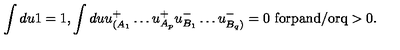
\int d u 1 = 1 , \int d u u _ { ( A _ { 1 } } ^ { + } \ldots u _ { A _ { p } } ^ { + } u _ { B _ { 1 } } ^ { - } \ldots u _ { B _ { q } ) } ^ { - } = 0 \ \mathrm { f o r p a n d / o r q > 0 } .